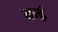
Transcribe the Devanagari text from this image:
कइं